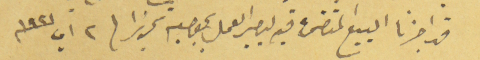
قد اجزنا البيع المتضمن فيه ليصير العمل بموجبه تحريرا / ٢ اب سنة ١٩٢